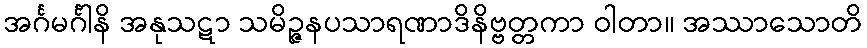
အင်္ဂမင်္ဂါနိ အနုသဋာ သမိဉ္ဇနပသာရဏာဒိနိဗ္ဗတ္တကာ ဝါတာ။ အဿာသောတိ